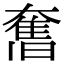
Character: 𭑣